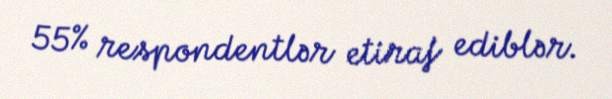
55% respondentlər etiraf ediblər.